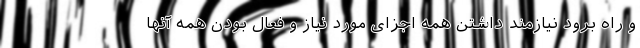
و راه برود نیازمند داشتن همه اجزای مورد نیاز و فعال بودن همه آنها